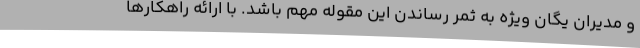
و مدیران یگان ویژه به ثمر رساندن این مقوله مهم باشد. با ارائه راهکارها